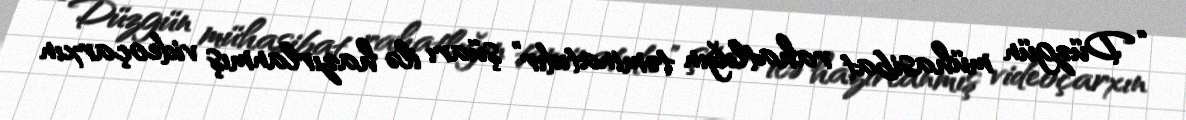
“Düzgün mühasibat rahatlığın təminatıdır” şüarı ilə hazırlanmış videoçarxın